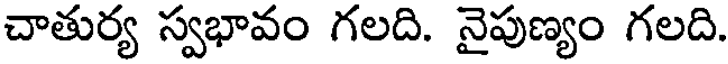
చాతుర్య స్వభావం గలది. నైపుణ్యం గలది.